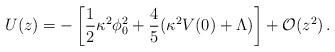
LaTeX: \begin{align*}U(z) = -\left[ {1\over 2}\kappa^2\phi_0^2+{4\over 5}(\kappa^2V(0)+\Lambda)\right] + {\cal O}(z^2)\,.\end{align*}